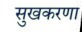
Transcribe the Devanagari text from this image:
सुखकरणा